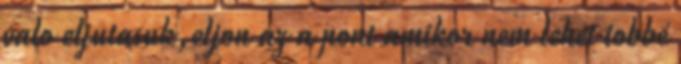
valo eljutasuk,eljon az a pont amikor nem lehet tobbé